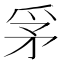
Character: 𤔃